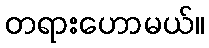
တရားဟောမယ်။